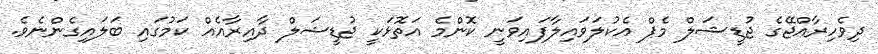
ދިވެހިރާއްޖޭގެ ޖުޑީޝަލް މެޕް އެކުލަވައިލާފައިވަނީ ކޮންމެ އަތޮޅަކީ ޖުޑީޝަލް ދާއިރާއެއް ކަމުގައި ބަލައިގެންނެވެ.